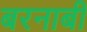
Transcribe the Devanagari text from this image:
बरनाबी